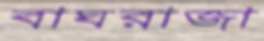
বাঘরাজা